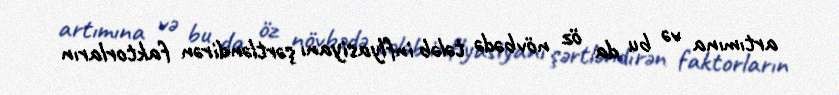
artımına və bu da öz növbədə tələb inflyasiyanı şərtləndirən faktorların